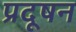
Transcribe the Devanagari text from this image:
प्रदूषन